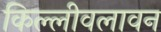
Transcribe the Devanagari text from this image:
किल्लीवलावन